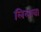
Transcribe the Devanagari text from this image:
लिलावा